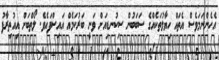
އެހެންނަމަވެސް އެތައް ހިޔާލުތަކެއްގެ ސަބަބުން ސިކުނޑިއަށް ވަނީ ބަރުކަމެއް އައިސްފައެވެ. ލޯތްބަށް އިއުތިރާފު